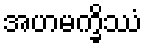
အဟမက္ခိဿံ